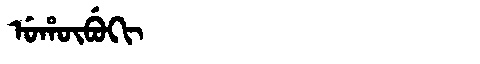
Manchu: ᡠᡥᡡᠪᡠᡴᡳ
Romanization: UHŪBUKI